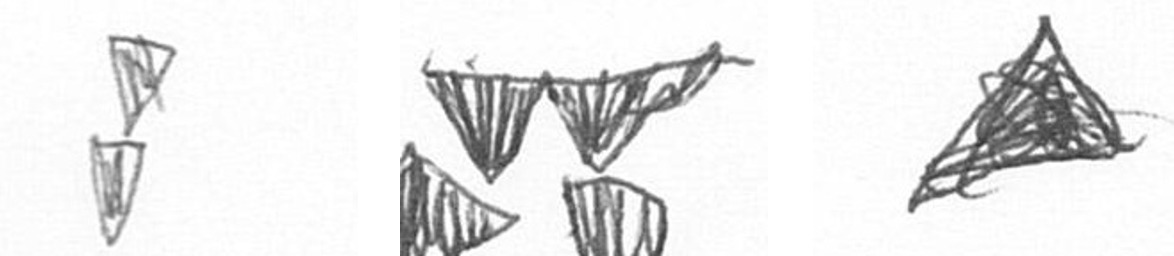
Z B O